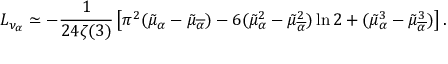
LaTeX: L _ { \nu _ { \alpha } } \simeq - { \frac { 1 } { 2 4 \zeta ( 3 ) } } \left[ \pi ^ { 2 } ( \tilde { \mu } _ { \alpha } - \tilde { \mu } _ { \overline { { { \alpha } } } } ) - 6 ( \tilde { \mu } _ { \alpha } ^ { 2 } - \tilde { \mu } _ { \overline { { { \alpha } } } } ^ { 2 } ) \ln 2 + ( \tilde { \mu } _ { \alpha } ^ { 3 } - \tilde { \mu } _ { \overline { { { \alpha } } } } ^ { 3 } ) \right] .